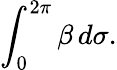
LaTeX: \int_{0}^{2\pi}\beta\, d\sigma.